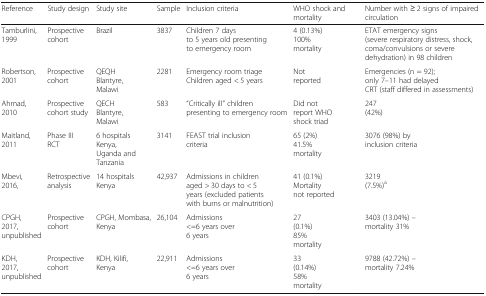
<table><thead><tr><td><b>Reference</b></td><td><b>Study design</b></td><td><b>Study site</b></td><td><b>Sample</b></td><td><b>Inclusion criteria</b></td><td><b>WHO shock and mortality</b></td><td><b>Number with ≥ 2 signs of impaired circulation</b></td></tr></thead><tbody><tr><td>Tamburlini, 1999</td><td>Prospective cohort</td><td>Brazil</td><td>3837</td><td>Children 7 days to 5 years old presenting to emergency room</td><td>4 (0.13%)100% mortality</td><td>ETAT emergency signs (severe respiratory distress, shock, coma/convulsions or severe dehydration) in 98 children</td></tr><tr><td>Robertson, 2001</td><td>Prospective cohort</td><td>QEQHBlantyre, Malawi</td><td>2281</td><td>Emergency room triageChildren aged &lt; 5 years</td><td>Not reported</td><td>Emergencies (n = 92); only 7–11 had delayed CRT (staff differed in assessments)</td></tr><tr><td>Ahmad, 2010</td><td>Prospective cohort study</td><td>QECHBlantyre, Malawi</td><td>583</td><td>“Critically ill” children presenting to emergency room</td><td>Did not report WHO shock triad</td><td>247 (42%)</td></tr><tr><td>Maitland, 2011</td><td>Phase III RCT</td><td>6 hospitalsKenya, Uganda and Tanzania</td><td>3141</td><td>FEAST trial inclusion criteria</td><td>65 (2%)41.5% mortality</td><td>3076 (98%) by inclusion criteria</td></tr><tr><td>Mbevi, 2016,</td><td>Retrospective analysis</td><td>14 hospitalsKenya</td><td>42,937</td><td>Admissions in children aged &gt; 30 days to &lt; 5 years (excluded patients with burns or malnutrition)</td><td>41 (0.1%)Mortality not reported</td><td>3219 (7.5%)<sup>a</sup></td></tr><tr><td>CPGH, 2017, unpublished</td><td>Prospective cohort</td><td>CPGH, Mombasa, Kenya</td><td>26,104</td><td>Admissions&lt;=6 years over 6 years</td><td>27 (0.1%)85% mortality</td><td>3403 (13.04%) – mortality 31%</td></tr><tr><td>KDH, 2017, unpublished</td><td>Prospective cohort</td><td>KDH, Kilifi, Kenya</td><td>22,911</td><td>Admissions&lt;=6 years over 6 years</td><td>33 (0.14%)58% mortality</td><td>9788 (42.72%) – mortality 7.24%</td></tr></tbody></table>